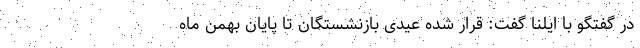
در گفتگو با ایلنا گفت: قرار شده عیدی بازنشستگان تا پایان بهمن ماه